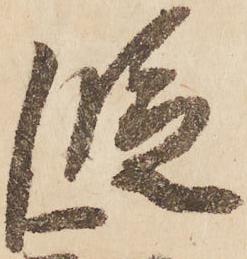
段